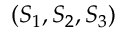
( S _ { 1 } , S _ { 2 } , S _ { 3 } )